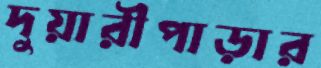
দুয়ারীপাড়ার